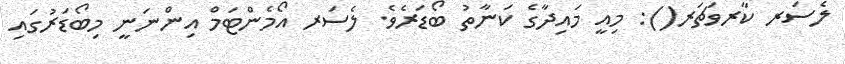
ލެސަރ ކާރވަޗަރ(): މިއީ މައިދާގެ ކަނާތު ބޯޑަރެވެ. ލެސަރ އޯމެންޓަމް އިންނަނީ މިބޯޑަރުގައި